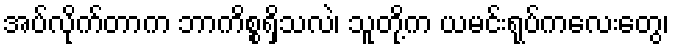
အပ်လိုက်တာက ဘာကိစ္စရှိသလဲ၊ သူတို့က ယမင်းရုပ်ကလေးတွေ၊